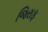
જિરાફ